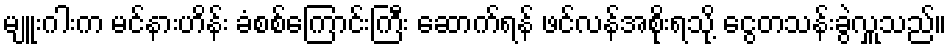
မျူးဂါးက မင်နားဟိန်း ခံစစ်ကြောင်းကြီး ဆောက်ရန် ဖင်လန်အစိုးရသို့ ငွေတသန်းခွဲလှူသည်။